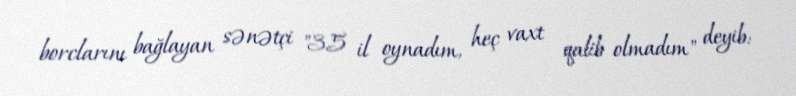
borclarını bağlayan sənətçi "35 il oynadım, heç vaxt qalib olmadım" deyib: